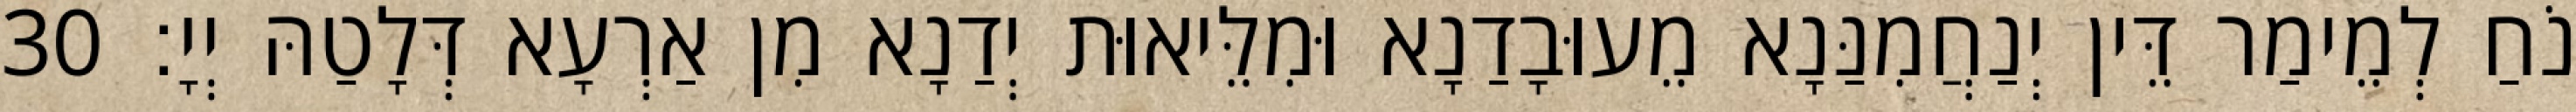
נֹחַ לְמֵימַר דֵּין יְנַחֲמִנַּנָא מֵעוּבָדַנָא וּמִלֵּיאוּת יְדַנָא מִן אַרְעָא דְּלָטַהּ יְיָ׃ 30